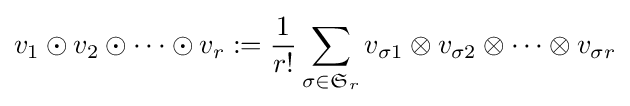
v_{1}\odot v_{2}\odot \cdots \odot v_{r}:={\frac {1}{r!}}\sum _{\sigma \in {\mathfrak {S}}_{r}}v_{\sigma 1}\otimes v_{\sigma 2}\otimes \cdots \otimes v_{\sigma r}